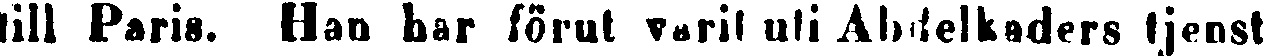
till Paris. Han har förut varit uti Abdelkaders tjenst